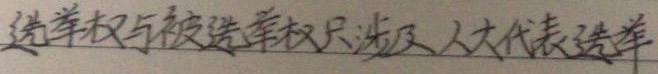
选举权与被选举权只涉及人大代表选举